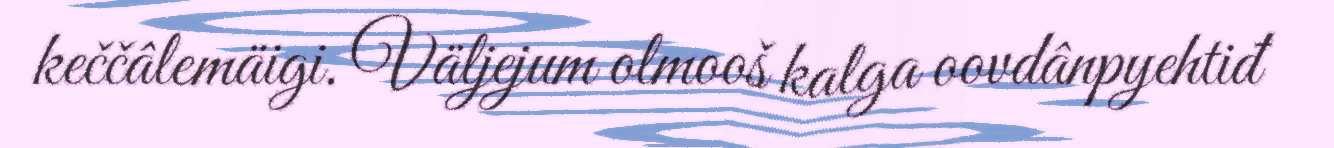
keččâlemäigi. Väljejum olmooš kalga oovdânpyehtiđ